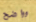
وواضح